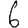
Digit: 6